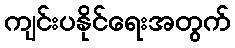
ကျင်းပနိုင်ရေးအတွက်